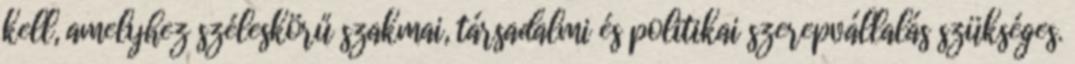
kell, amelyhez széleskörű szakmai, társadalmi és politikai szerepvállalás szükséges.